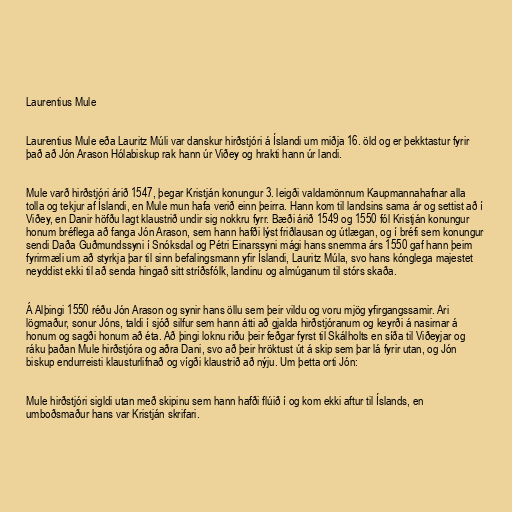
Laurentius Mule

Laurentius Mule eða Lauritz Múli var danskur hirðstjóri á Íslandi um miðja 16. öld og er þekktastur fyrir
það að Jón Arason Hólabiskup rak hann úr Viðey og hrakti hann úr landi.

Mule varð hirðstjóri árið 1547, þegar Kristján konungur 3. leigði valdamönnum Kaupmannahafnar alla
tolla og tekjur af Íslandi, en Mule mun hafa verið einn þeirra. Hann kom til landsins sama ár og settist að í
Viðey, en Danir höfðu lagt klaustrið undir sig nokkru fyrr. Bæði árið 1549 og 1550 fól Kristján konungur
honum bréflega að fanga Jón Arason, sem hann hafði lýst friðlausan og útlægan, og í bréfi sem konungur
sendi Daða Guðmundssyni í Snóksdal og Pétri Einarssyni mági hans snemma árs 1550 gaf hann þeim
fyrirmæli um að styrkja þar til sinn befalingsmann yfir Íslandi, Lauritz Múla, svo hans kónglega majestet
neyddist ekki til að senda hingað sitt stríðsfólk, landinu og almúganum til stórs skaða.

Á Alþingi 1550 réðu Jón Arason og synir hans öllu sem þeir vildu og voru mjög yfirgangssamir. Ari
lögmaður, sonur Jóns, taldi í sjóð silfur sem hann átti að gjalda hirðstjóranum og keyrði á nasirnar á
honum og sagði honum að éta. Að þingi loknu riðu þeir feðgar fyrst til Skálholts en síða til Viðeyjar og
ráku þaðan Mule hirðstjóra og aðra Dani, svo að þeir hröktust út á skip sem þar lá fyrir utan, og Jón
biskup endurreisti klausturlifnað og vígði klaustrið að nýju. Um þetta orti Jón:

Mule hirðstjóri sigldi utan með skipinu sem hann hafði flúið í og kom ekki aftur til Íslands, en
umboðsmaður hans var Kristján skrifari.